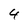
Character: 4